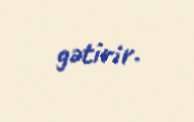
gətirir.